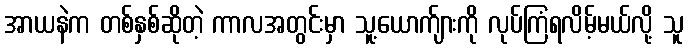
အာယနဲက တစ်နှစ်ဆိုတဲ့ ကာလအတွင်းမှာ သူ့ယောက်ျားကို လုပ်ကြံရလိမ့်မယ်လို့ သူ